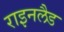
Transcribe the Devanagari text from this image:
राइनलैड